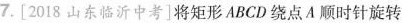
7.[2018山东临沂中考]将矩形ABCD绕点A顺时针旋转